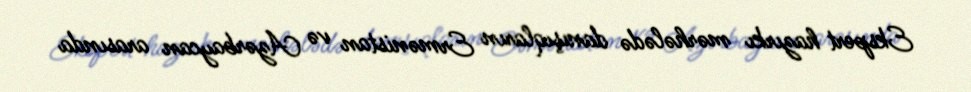
Ekspert hazırkı mərhələdə danışıqların Ermənistan və Azərbaycan arasında